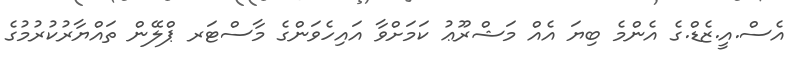
އެސް.އީ.ޒެޑް.ގެ އެންމެ ބިޔަ އެއް މަޝްރޫޢު ކަމަށްވާ އައިހެވަންގެ މާސްޓަރ ޕްލޭން ތައްޔާރުކުރުމުގެ